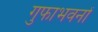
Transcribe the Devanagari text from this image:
गुफाभवनों